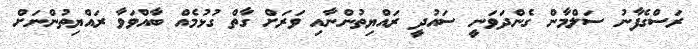
ރަސްގެފާނު ސަލްމާން ގެންދަވަނީ ސައުދީ ރައްޔިތުންނާއި ވަރަށް ގާތް ގުޅުމެއް ބާއްވަވާ ރައްޔިތުންނަށް